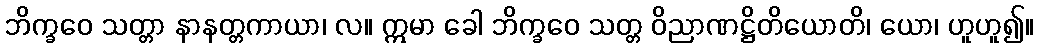
ဘိက္ခဝေ သတ္တာ နာနတ္တကာယာ၊ လ။ ဣမာ ခေါ ဘိက္ခဝေ သတ္တ ဝိညာဏဋ္ဌိတိယောတိ၊ ယော၊ ဟူဟူ၍။